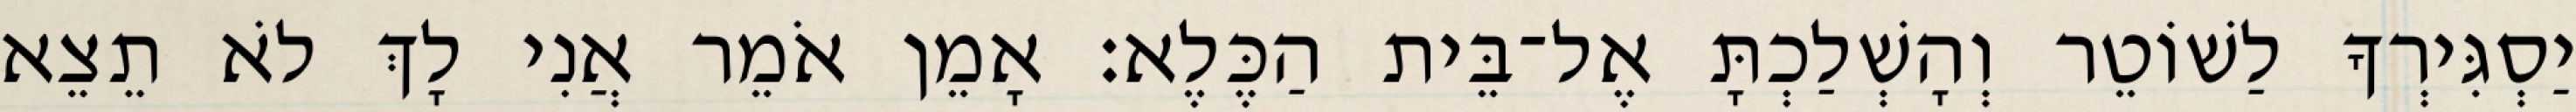
יַסְגִּירְךָ לַשׁוֹטֵר וְהָשְׁלַכְתָּ אֶל־בֵּית הַכֶּלֶא׃ אָמֵן אֹמֵר אֲנִי לָךְ לֹא תֵצֵא